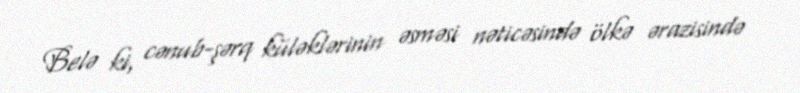
Belə ki, cənub-şərq küləklərinin əsməsi nəticəsində ölkə ərazisində